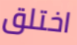
اختلق